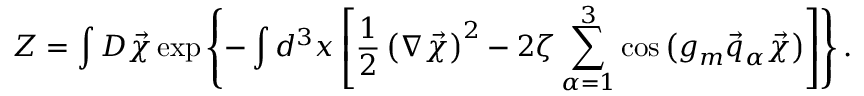
{ \cal Z } = \int { \cal D } \vec { \chi } \exp \left\{ - \int d ^ { 3 } x \left[ \frac 1 2 \left( \nabla \vec { \chi } \right) ^ { 2 } - 2 \zeta \sum _ { \alpha = 1 } ^ { 3 } \cos \left( g _ { m } \vec { q } _ { \alpha } \vec { \chi } \right) \right] \right\} .